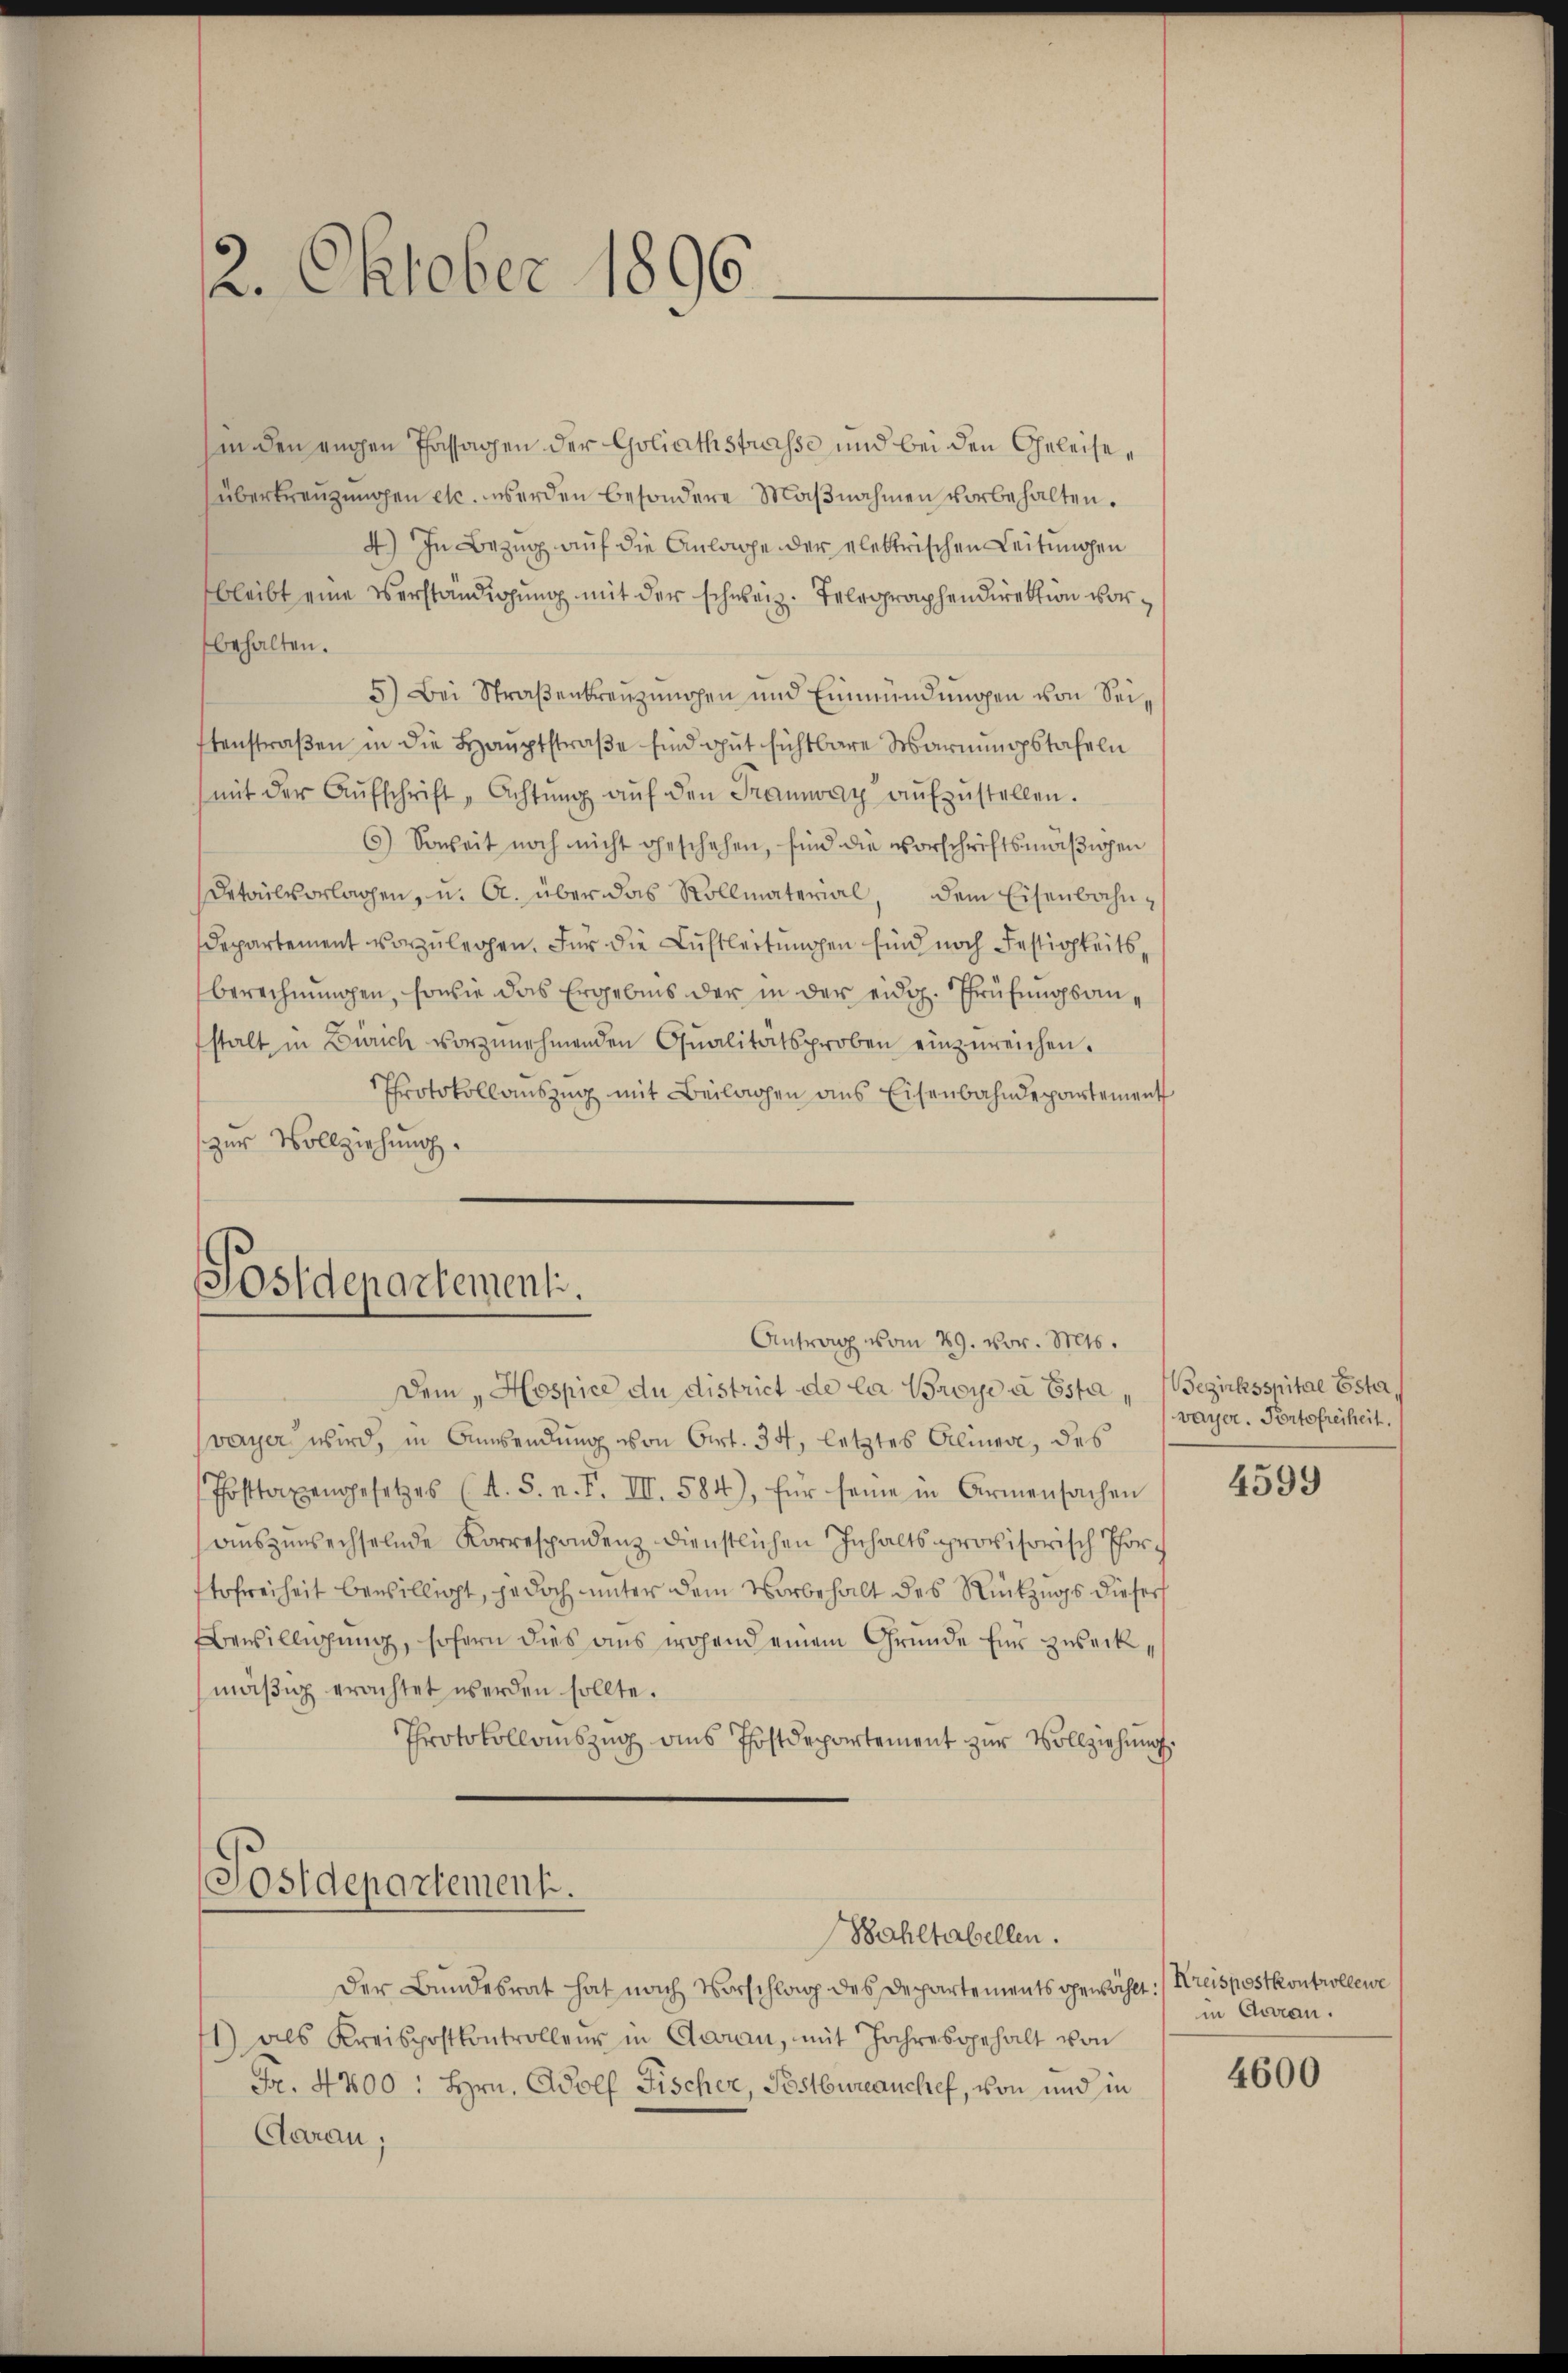
in den rechen Passagen der Goliathstrasse und bei den Geleiseüberkreuzungen etc. werden besondere Maßnahmen vorbehalten.
4.) In Bezug auf die Anlage der elektrischen Leitungen
bleibt eine Verständigung mit der schweiz. Telegraphendirektion vorbehalten.
5.) Bei Straßenkreuzungen und Einmündungen von Seistenstraßen in die Hauptstraße sind gut sichtbare Warnungstafeln
mit der Aŭfschrift, Achtŭng aŭf den Tramway aŭfzŭstellen.
6) Soweit noch nicht geschehen, sind die vorschriftsmäßigen
Detailvorlagen, u. A. über das Rollmaterial, dem Eisenbahn¬
Departement vorzulegen. Für die Luftleitungen sind noch Festigkeitsberechnungen, sowie das Ergebnis der in der eidg. Prüfungsanstalt in Zürich vorzunehmenden Qualitätsproben einzureichen.
Protokollauszug mit Beilagen aus Eisenbahndepartement
zur Vollziehung.

2. Oktober 1896

Postdepartementi.

Dem „Hospice du district de la Broye à Esta, Bezirksspitae Ester,
vayer wird, in Anwendung von Art. 34, letztes Alinere, des
Posttaxengesetzes (A. S. n. F. III. 584), für seine in Armensachen
auszuwechselnde Korrespondenz dienstlichen Inhaltsprovisorisch Forch
tofreiheit bewilligt, jedoch unter dem Vorbehalt des Rückzugs dieser
Bewilligung, sofern dies aus wohend einem Grunde für zweckmäßig erachtet werden sollte.
Protokollauszug aus Postdepartement zur Vollziehung.

Postdepartement.

Antrag vom 29. vor. Mts.

Bahltabellen.

Der Bundesrat hat nach Vorschlag des Departements gewählt:/ Kreispostkontrollewe
71) als Kreispostkontrolleur in Garan, mit Jahresgehalt von
Fr. 4400 : Hrn. Adolf Fischer, Pestbureauchef, von und in
Aarau;

vayer. Portofreiheit.

4599

in Garan.

4600